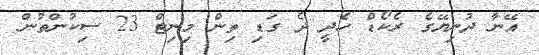
އޭނާ ދުނިޔޭގެ ރެކޯޑް ހެދީ ދެ ގަޑި ތިން މިނިޓް 23 ސިކުންތުން